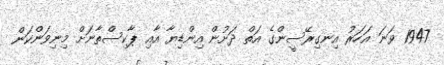
1947 ވަނަ އަހަރު އިނގިރޭސީންގެ އަތް ދަށުން އިންޑިޔާ އާއި ޕާކިސްތާނަށް މިނިވަންކަން